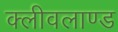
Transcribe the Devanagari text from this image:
क्लीवलाण्ड